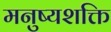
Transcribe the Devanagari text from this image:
मनुष्यशक्ति